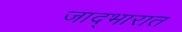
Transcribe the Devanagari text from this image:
जाद्भारात